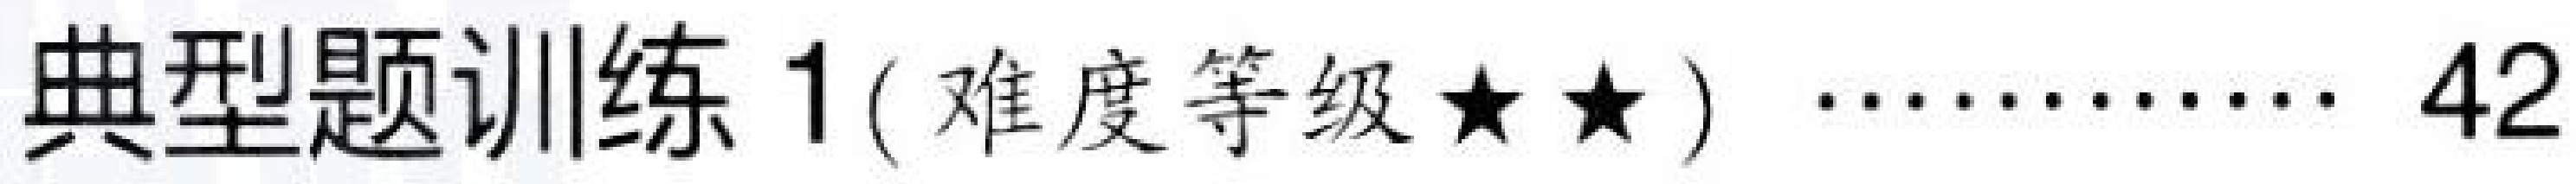
典型题训练 1 ( 难度等级$\star\star$) $\cdots\cdots\cdots\cdots$ 42